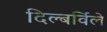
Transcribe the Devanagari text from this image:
दिल्बर्विले